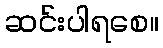
ဆင်းပါရစေ။